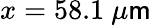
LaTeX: x=58.1~\mu\mathsf{m}